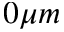
0 \mu m